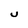
Character: U